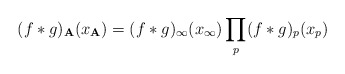
\begin{align*}(f\ast g)_{\bf A} (x_{\bf A}) = (f\ast g)_\infty (x_\infty)\prod_p (f\ast g)_p (x_p)\end{align*}